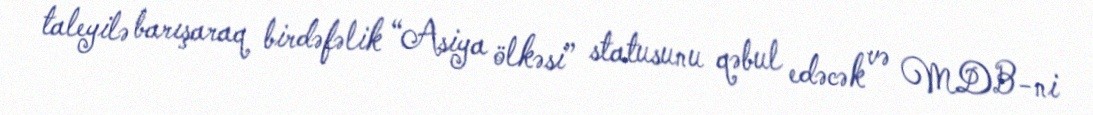
taleyilə barışaraq birdəfəlik “Asiya ölkəsi” statusunu qəbul edəcək və MDB-ni